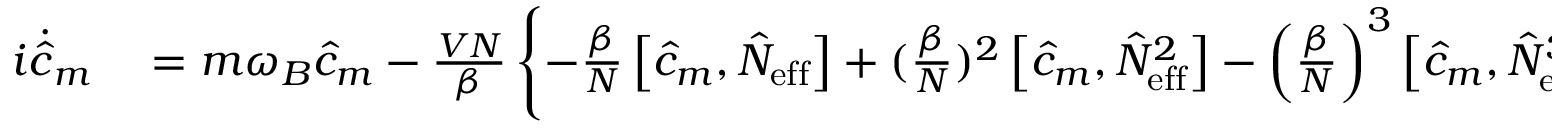
\begin{array} { r l } { i \dot { \hat { c } } _ { m } } & { { } \left. = m \omega _ { B } \hat { c } _ { m } - \frac { V N } { \beta } \left\{ - \frac { \beta } { N } \left[ \hat { c } _ { m } , \hat { N } _ { \mathrm { e f f } } \right] + ( \frac { \beta } { N } ) ^ { 2 } \left[ \hat { c } _ { m } , \hat { N } _ { \mathrm { e f f } } ^ { 2 } \right] - \left( \frac { \beta } { N } \right) ^ { 3 } \left[ \hat { c } _ { m } , \hat { N } _ { \mathrm { e f f } } ^ { 3 } \right] + \cdots \right] \right\} } \end{array}